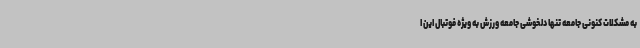
به مشکلات کنونی جامعه تنها دلخوشی جامعه ورزش به ویژه فوتبال این ا